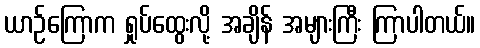
ယာဉ်ကြောက ရှုပ်ထွေးလို့ အချိန် အများကြီး ကြာပါတယ်။